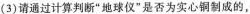
(3)请通过计算判断”地球仪”是否为实心铜制成的，